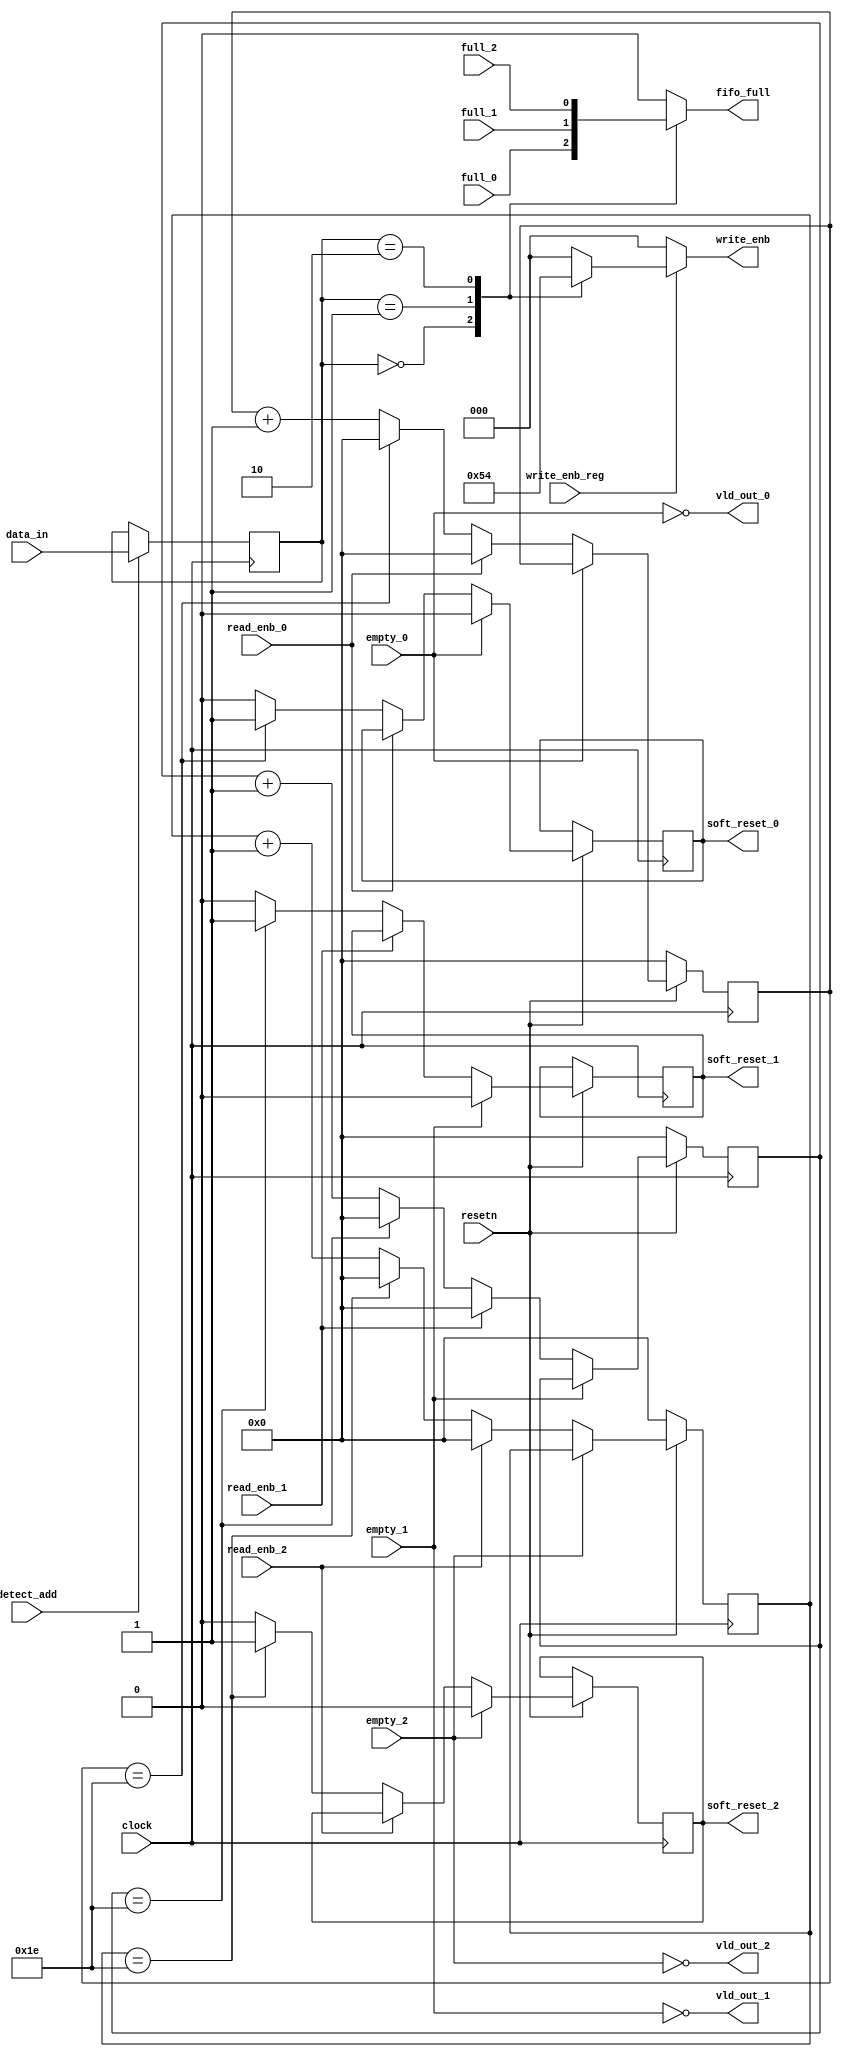
module router_sync(input clock,resetn,detect_add,full_0,full_1,full_2,empty_0,empty_1,empty_2,
write_enb_reg,read_enb_0,read_enb_1,read_enb_2,
input [1:0] data_in,

output reg [2:0]write_enb,
output reg fifo_full,
output vld_out_0,vld_out_1,vld_out_2,
output reg soft_reset_0,soft_reset_1,soft_reset_2);


//wire read_enb, vld_out;

reg[4:0] count_0,count_1,count_2;
reg [1:0] temp;


always@(posedge clock)
 begin 
	if(detect_add)
	begin
	temp<=data_in;
	end 
	else 
	temp<=temp;
 end 


always@(*)
  begin
	case(temp)
	  2'b00: fifo_full=full_0;
	  2'b01: fifo_full=full_1;
          2'b10: fifo_full=full_2;
	  default :fifo_full=0;
	endcase
  end 

always@(*)
begin 	
    if(write_enb_reg)
	begin
		case(temp)
		2'b00:write_enb=3'b001;
		2'b01:write_enb=3'b010;
		2'b10:write_enb=3'b100;
		default : write_enb=3'd0;
	endcase
  end
	else
		write_enb=3'b000;
end 


always@(posedge clock)
  begin

    if(~resetn)
      begin
	count_0<=0;
      end

	else if(vld_out_0)
		begin
		   if(read_enb_0!=1'b1)
 		      begin
			
			count_0<=count_0+1'b1;
			 
 			  if(count_0==30)
                            begin 

			    soft_reset_0<=1'b1;			     
			    count_0<=0;
			
			     end
			    
			   else
			  soft_reset_0<=1'b0;	
	
		       end
		  else 
			count_0<=0;
		end
	else
		soft_reset_0<=1'b0;

  end

always@(posedge clock)
  begin

    if(~resetn)
      begin
	count_1<=0;
      end

	else if(vld_out_1)
		begin
		   if(~read_enb_1)
 		      begin
			count_1<=count_1+1'b1;
			 
 			  if(count_1==30)
                            begin			     
			    soft_reset_1<=1'b1;
			    count_1<=0;
			     end
						    
			   else
			  soft_reset_1<=1'b0;	
		       end
		  else 
			count_1<=0;
		end
	else
		soft_reset_1<=1'b0;
  end                             

always@(posedge clock)
  begin

    if(~resetn)
      begin
	count_2<=0;
      end

	else if(vld_out_2)
		begin
		   if(read_enb_2!=1'b1)
 		      begin
			
			count_2<=count_2+1'b1;
			 
 			  if(count_2==30)
                            begin
			     soft_reset_2<=1'b1;
			      count_2<=0;
			
			     end
				
						    
			   else
			  soft_reset_2<=1'b0;	
		       end
		  else 
			count_2<=0;
		end
	else
		soft_reset_2<=1'b0;

  end


assign vld_out_0=~empty_0;
assign vld_out_1=~empty_1;
assign vld_out_2=~empty_2;

	  
endmodule